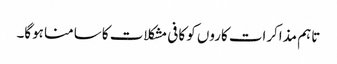
تاہم مذاکرات کاروں کو کافی مشکلات کا سامنا ہوگا۔